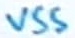
Text: VSS